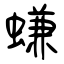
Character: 螊